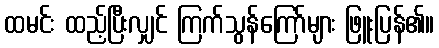
ထမင်း ထည့်ပြီးလျှင် ကြက်သွန်ကြော်များ ဖြူးပြန်၏။